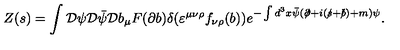
Z ( s ) = \int { \cal D } \psi { \cal D } \bar { \psi } { \cal D } b _ { \mu } F ( \partial b ) \delta ( \varepsilon ^ { \mu \nu \rho } f _ { \nu \rho } ( b ) ) e ^ { - \int d ^ { 3 } x \bar { \psi } ( \partial \! \! \! / + i ( s \! \! \! / + b \! \! \! / ) + m ) \psi } .